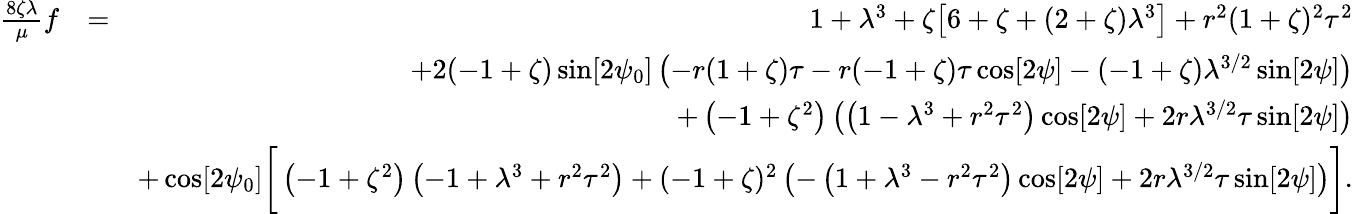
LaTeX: \begin{array}{rlr}{\frac{8\zeta\lambda}{\mu}f}&{=}&{1+\lambda^{3}+\zeta\big[6+\zeta+(2+\zeta)\lambda^{3}\big]+r^{2}(1+\zeta)^{2}\tau^{2}}\\ &{}&{+2(-1+\zeta)\sin[2\psi_{0}]\left(-r(1+\zeta)\tau-r(-1+\zeta)\tau\cos[2\psi]-(-1+\zeta)\lambda^{3/2}\sin[2\psi]\right)}\\ &{}&{+\left(-1+\zeta^{2}\right)\left(\left(1-\lambda^{3}+r^{2}\tau^{2}\right)\cos[2\psi]+2r\lambda^{3/2}\tau\sin[2\psi]\right)}\\ &{}&{+\cos[2\psi_{0}]\bigg[\left(-1+\zeta^{2}\right)\left(-1+\lambda^{3}+r^{2}\tau^{2}\right)+(-1+\zeta)^{2}\left(-\left(1+\lambda^{3}-r^{2}\tau^{2}\right)\cos[2\psi]+2r\lambda^{3/2}\tau\sin[2\psi]\right)\bigg].}\end{array}